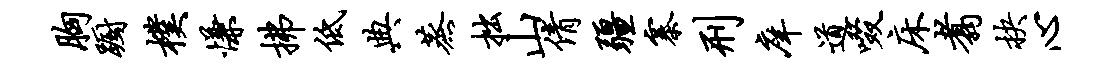
胸蹰朴慊拂低典蒸拙山倩疆寨刑庠道啜床翥抉心